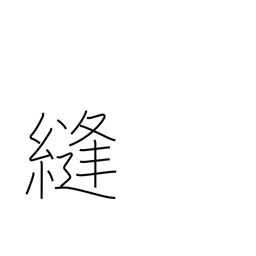
Meaning: sew